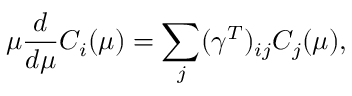
\mu \frac { d } { d \mu } C _ { i } ( \mu ) = \displaystyle \sum _ { j } ( \gamma ^ { T } ) _ { i j } C _ { j } ( \mu ) ,